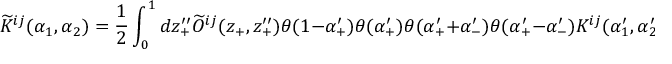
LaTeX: \widetilde { K } ^ { i j } ( \alpha _ { 1 } , \alpha _ { 2 } ) = \frac { 1 } { 2 } \int _ { 0 } ^ { 1 } d z _ { + } ^ { \prime \prime } \widetilde { O } ^ { i j } ( z _ { + } , z _ { + } ^ { \prime \prime } ) \theta ( 1 - \alpha _ { + } ^ { \prime } ) \theta ( \alpha _ { + } ^ { \prime } ) \theta ( \alpha _ { + } ^ { \prime } + \alpha _ { - } ^ { \prime } ) \theta ( \alpha _ { + } ^ { \prime } - \alpha _ { - } ^ { \prime } ) K ^ { i j } ( \alpha _ { 1 } ^ { \prime } , \alpha _ { 2 } ^ { \prime } ) ~ ,